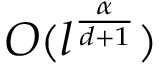
O ( l ^ { \frac { \alpha } { d + 1 } } )